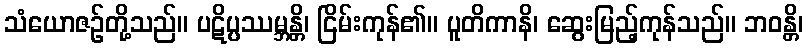
သံယောဇဉ်တို့သည်။ ပဋိပ္ပဿမ္ဘန္တိ၊ ငြိမ်းကုန်၏။ ပူတိကာနိ၊ ဆွေးမြည့်ကုန်သည်။ ဘဝန္တိ၊